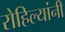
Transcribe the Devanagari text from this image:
रोहिल्यांनी